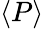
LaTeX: \left\langle P\right\rangle